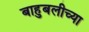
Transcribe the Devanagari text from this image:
बाहुबलीच्या